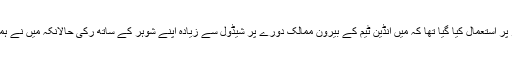
’میرا نام ان دعووں میں بھی غلط طور پر استعمال کیا گیا تھا کہ میں انڈین ٹیم کے بیرون ممالک دورے پر شیڈول سے زیادہ اپنے شوہر کے ساتھ رکی حالانکہ میں نے ہمیشہ تمام ضابطوں کی پیروی کی ہے۔